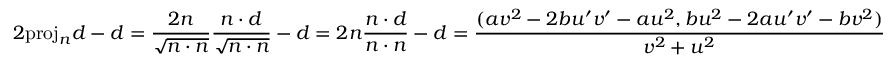
2 { \mathrm { p r o j } } _ { n } d - d = { \frac { 2 n } { \sqrt { n \cdot n } } } { \frac { n \cdot d } { \sqrt { n \cdot n } } } - d = 2 n { \frac { n \cdot d } { n \cdot n } } - d = { \frac { ( a v ^ { 2 } - 2 b u ^ { \prime } v ^ { \prime } - a u ^ { 2 } , b u ^ { 2 } - 2 a u ^ { \prime } v ^ { \prime } - b v ^ { 2 } ) } { v ^ { 2 } + u ^ { 2 } } }